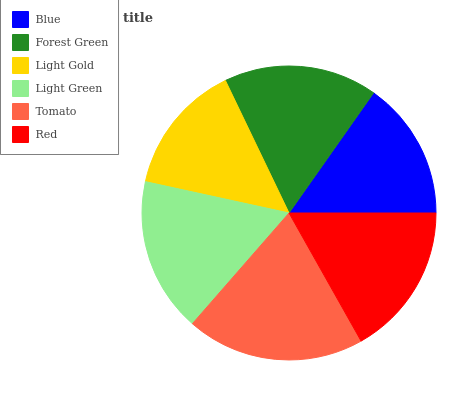
| Blue | Forest Green | Light Gold | Light Green | Tomato | Red |
 | --- | --- | --- | --- | --- | --- |
 | 15.2% | 16.9% | 14.5% | 17% | 19.6% | 16.9% |